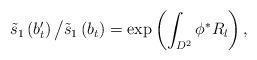
LaTeX: \begin{align*}\tilde{s}_1\left(b'_t\right)\big/\tilde{s}_1\left(b_t\right)=\exp\left(\int_{D^2}\phi^*R_l\right),\end{align*}